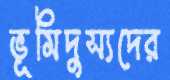
ভূমিদুস্যদের